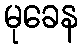
မုခေန